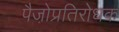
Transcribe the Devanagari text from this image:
पैजो़प्रतिरोधक